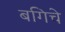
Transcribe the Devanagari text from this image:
बगिचे